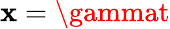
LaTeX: \mathbf{x}=\gammat